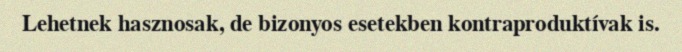
Lehetnek hasznosak, de bizonyos esetekben kontraproduktívak is.